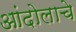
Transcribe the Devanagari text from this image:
आंदोलाचे